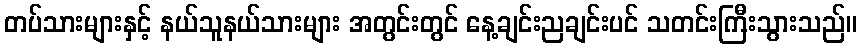
တပ်သားများနှင့် နယ်သူနယ်သားများ အတွင်းတွင် နေ့ချင်းညချင်းပင် သတင်းကြီးသွားသည်။